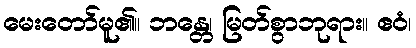
မေးတော်မူ၏။ ဘန္တေ၊ မြတ်စွာဘုရား။ ဧဝံ၊